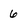
Character: 6